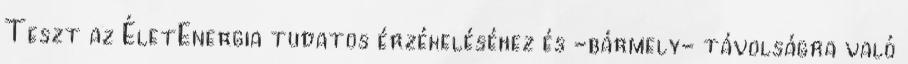
Teszt az ÉletEnergia tudatos érzékeléséhez és -bármely- távolságra való